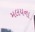
મલયના